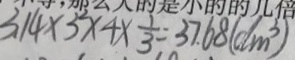
3 . 1 4 \times 3 ^ { 2 } \times 4 \times \frac { 1 } { 3 } = 3 7 . 6 8 ( d m ^ { 3 } )